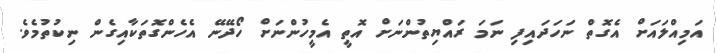
އަމިއްލައަށް އެގޮތް ނަހަދައިފި ނަމަ ރައްޔިތުންނަށް އޮތީ އެމީހުންނަށް ހޯދޭނޭ އެހެންގޮތަކާއިގެން ނިކުތުމެވެ.